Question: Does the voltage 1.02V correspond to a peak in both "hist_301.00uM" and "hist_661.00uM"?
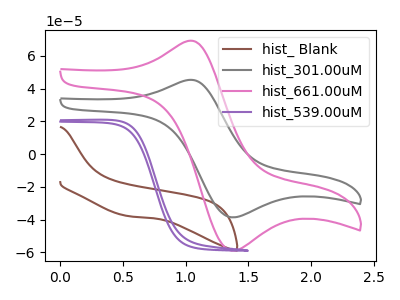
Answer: <think>The brown curve "hist_ Blank" has no peaks. The gray curve "hist_301.00uM" has an anodic peak at (1.00V, 45.20uA) and a cathodic peak at (1.35V, -38.65uA). The pink curve "hist_661.00uM" has an anodic peak at (1.00V, 69.00uA) and a cathodic peak at (1.35V, -59.00uA). The purple curve "hist_539.00uM" has no peaks.</think>
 <answer>Yes, "hist_301.00uM" and "hist_661.00uM" share a peak at 1.02V.</answer>
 <eval>match</eval>